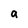
Character: a